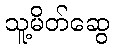
သူ့မိတ်ဆွေ